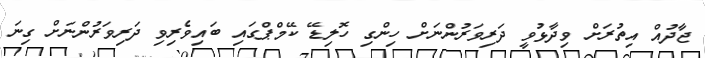
ޖާދުއް އިތުރަށް ވިދާޅުވީ ދަރިވަރުންނަށް ހިންގި ހޮލިޑޭ ކޭމްޕްގައި ބައިވެރިވި ދަރިވަރުންނަށް ގިނަ